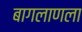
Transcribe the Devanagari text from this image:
बागलाणला